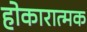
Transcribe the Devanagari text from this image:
होकारात्मक